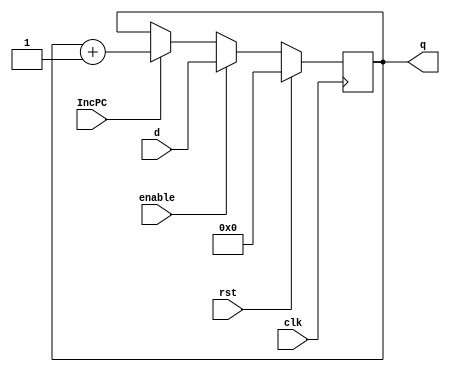

`timescale 1ns/10ps

module PC #(parameter init = 0)(
	input wire clk, 
	input wire rst,
	input wire enable,
	input wire IncPC,
	input wire [31:0] d,
	output reg [31:0] q
);

	initial q = init;
	always@(posedge clk) 
	begin
		if (IncPC) begin
			q[31:0] = q[31:0] + 32'd1;
		end
		if (rst) begin
			q = 32'b0;
		end
		else if(enable) begin
			q[31:0] = d[31:0];
		end 
	end
endmodule